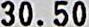
30.50